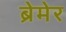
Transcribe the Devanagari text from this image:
ब्रेमेर